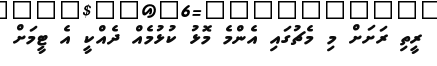
ރީތި ރަށަށް މި މެޗުގައި އެންމެ މޮޅު ކުޅުމެއް ދެއްކީ އެ ޓީމަށް